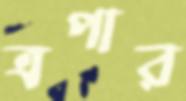
ত্রপার